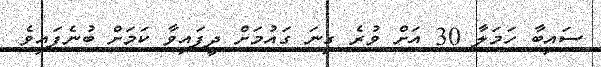
ސައިބާ ހަމަލާ 30 އަށް ވުރެ ގިނަ ގައުމަށް ދީފައިވާ ކަމަށް ބުނެފައިވެ